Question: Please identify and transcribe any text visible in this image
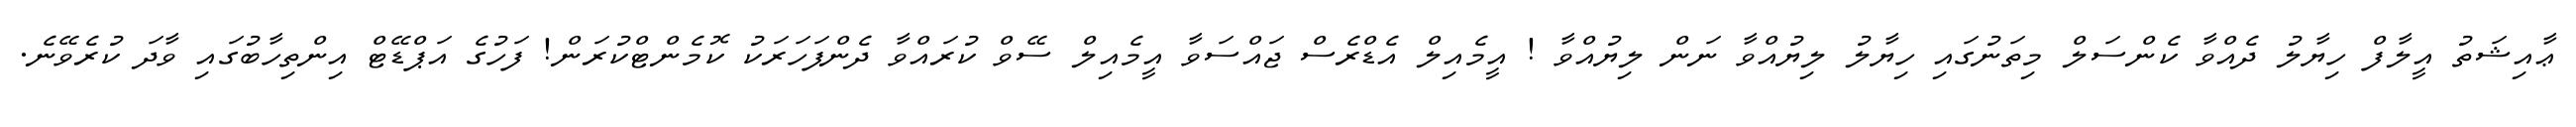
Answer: ޢާއިޝަތު އީލާފް ހިޔާލު ދެއްވާ ކެންސަލް މިތަނުގައި ހިޔާލު ލިޔުއްވާ ނަން ލިޔުއްވާ ! އީމެއިލް އެޑްރެސް ޖައްސަވާ އީމެއިލް ސޭވް ކުރައްވާ ދެންފަހަރަކު ކޮމެންޓްކުރަން! ފަހުގެ އަޕްޑޭޓް އިންތިހާބުގައި ވާދަ ކުރެވޭނެ.